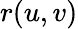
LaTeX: r(u,v)